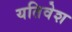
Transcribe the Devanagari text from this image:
यतिवेश